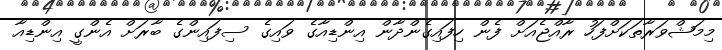
މިމަޝްވަރާތަކަށްފަހު ރާއްޖެއަށް ފެން ހިފައިގެންދާން އިންޑިއާގެ ވައިގެ ސިފައިންގެ ބާރަށް އެންގީ އިންޑިއާ